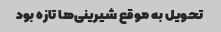
تحویل به موقع شیرینی‌ها تازه بود